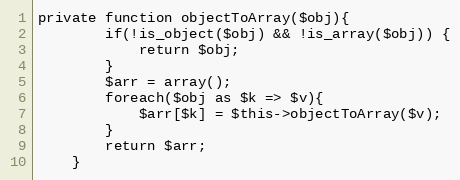
Language: PHP
private function objectToArray($obj){
        if(!is_object($obj) && !is_array($obj)) {
            return $obj;
        }
        $arr = array();
        foreach($obj as $k => $v){
            $arr[$k] = $this->objectToArray($v);
        }
        return $arr;
    }